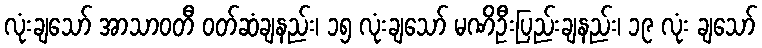
လုံးချသော် အာသာဝတီ ဝတ်ဆံချနည်း၊ ၁၅ လုံးချသော် မဏိဦးပြည်းချနည်း၊ ၁၉ လုံး ချသော်